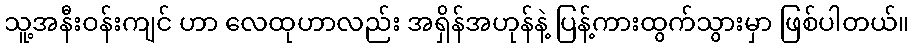
သူ့အနီးဝန်းကျင် ဟာ လေထုဟာလည်း အရှိန်အဟုန်နဲ့ ပြန့်ကားထွက်သွားမှာ ဖြစ်ပါတယ်။